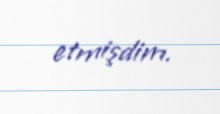
etmişdim.